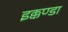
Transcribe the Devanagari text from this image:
इक्कण्डा